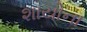
શાયોના